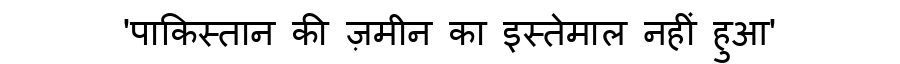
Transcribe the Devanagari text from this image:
'पाकिस्तान की ज़मीन का इस्तेमाल नहीं हुआ'